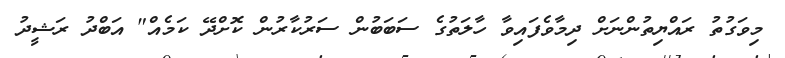
މިވަގުތު ރައްޔިތުންނަށް ދިމާވެފައިވާ ހާލަތުގެ ސަބަބުން ސަރުކާރުން ކޮށްދޭ ކަމެއް" އަބްދު ރަޝީދު